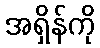
အရှိန်ကို